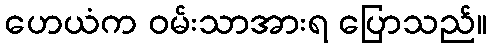
ဟေယံက ဝမ်းသာအားရ ပြောသည်။